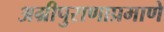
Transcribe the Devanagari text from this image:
अग्रीपुराणाप्रमाणे